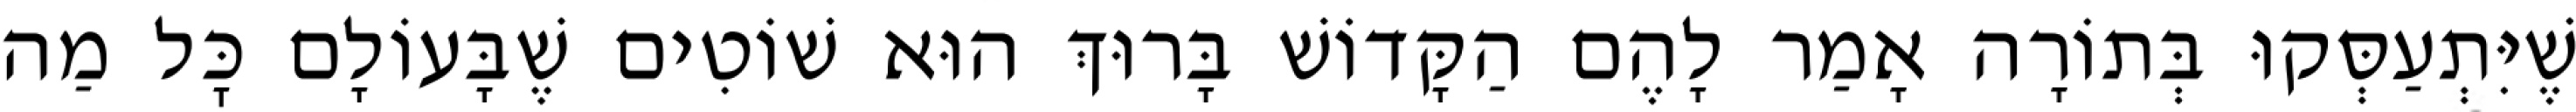
שֶׁיִּתְעַסְּקוּ בְּתוֹרָה אָמַר לָהֶם הַקָּדוֹשׁ בָּרוּךְ הוּא שׁוֹטִים שֶׁבָּעוֹלָם כׇּל מַה